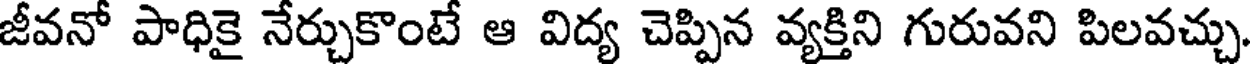
జీవనో పాధికై నేర్చుకొంటే ఆ విద్య చెప్పిన వ్యక్తిని గురువని పిలవచ్చు